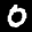
Label: 0